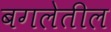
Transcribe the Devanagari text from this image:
बगलेतील